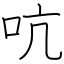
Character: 吭